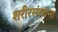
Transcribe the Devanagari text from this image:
शरीरसंरचना